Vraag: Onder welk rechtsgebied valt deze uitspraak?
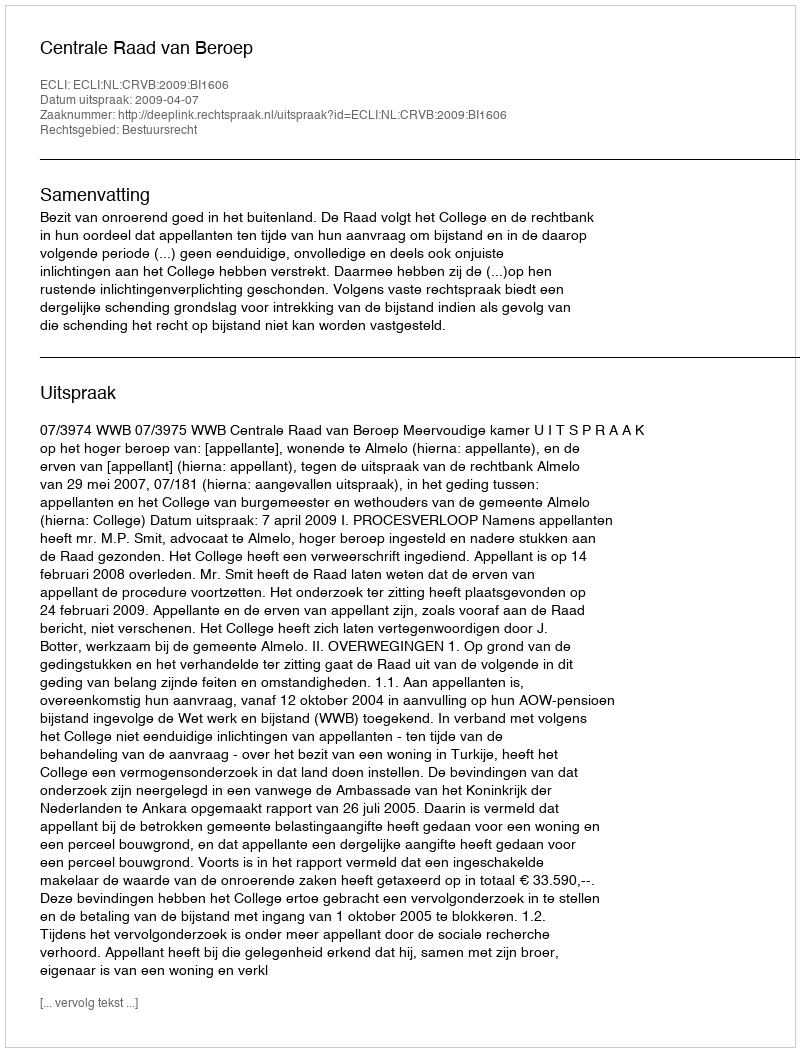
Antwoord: Bestuursrecht